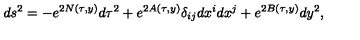
d s ^ { 2 } = - e ^ { 2 N ( \tau , y ) } d \tau ^ { 2 } + e ^ { 2 A ( \tau , y ) } \delta _ { i j } d x ^ { i } d x ^ { j } + e ^ { 2 B ( \tau , y ) } d y ^ { 2 } ,